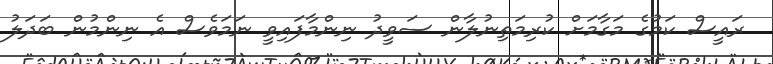
ރައީސް ކަމުގެ މަގާމަށް ކުރިމަތިނުލާން ސަވީދު ނިންމާފައިވީ ނަމަވެސް އެ ނިންމުން ބަދަލު